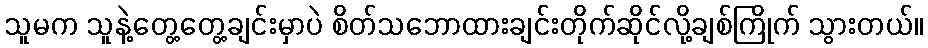
သူမက သူနဲ့တွေ့တွေ့ချင်းမှာပဲ စိတ်သဘောထားချင်းတိုက်ဆိုင်လို့ချစ်ကြိုက် သွားတယ်။